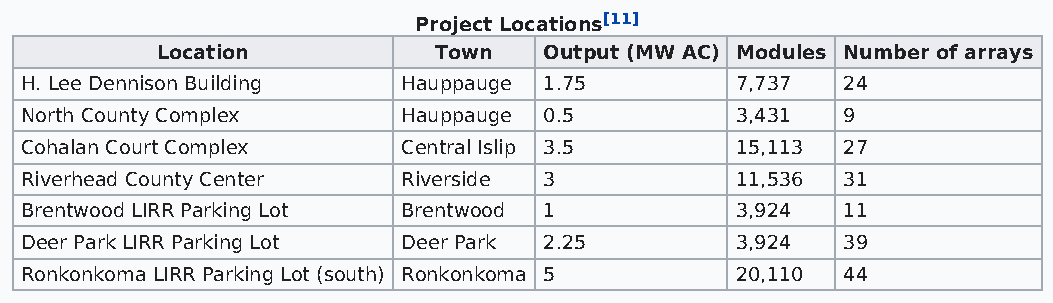
Project Locations[11]
 Location           Town   Output (MW AC) Modules Number of arrays
 H. Lee Dennison Building  Hauppauge 1.75        7,737  24
 North County Complex      Hauppauge 0.5         3,431  9
 Cohalan Court Complex     Central Islip 3.5     15,113 27
 Riverhead County Center   Riverside 3           11,536 31
 Brentwood LIRR Parking Lot Brentwood 1          3,924  11
 Deer Park LIRR Parking Lot Deer Park 2.25       3,924  39
 Ronkonkoma LIRR Parking Lot (south) Ronkonkoma 5 20,110 44